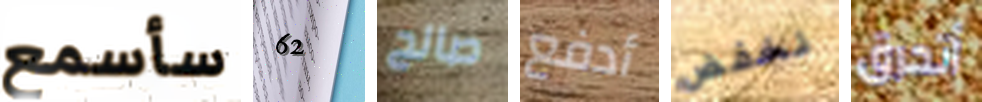
سأسمع 62 صالح أدفع نخفض أتحرق